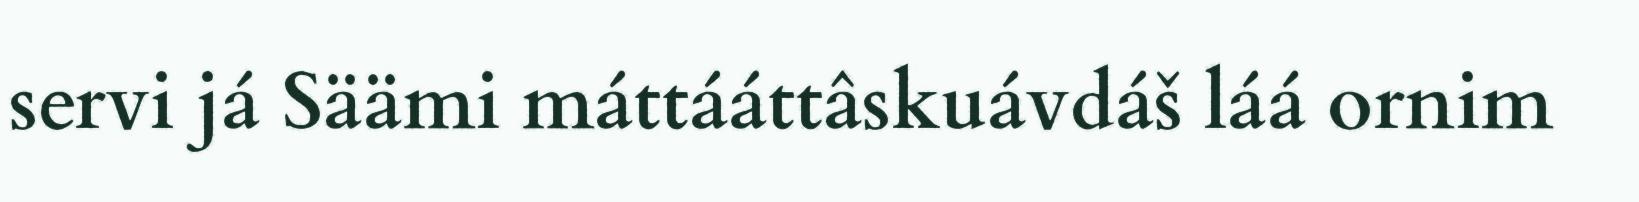
servi já Säämi máttááttâskuávdáš láá ornim